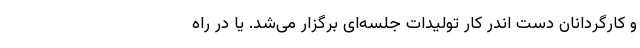
و کارگردانان دست اندر کار تولیدات جلسه‌ای برگزار می‌شد. یا در راه